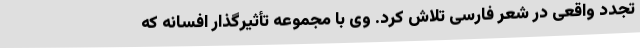
تجدد واقعی در شعر فارسی تلاش کرد. وی با مجموعه تأثیرگذار افسانه که